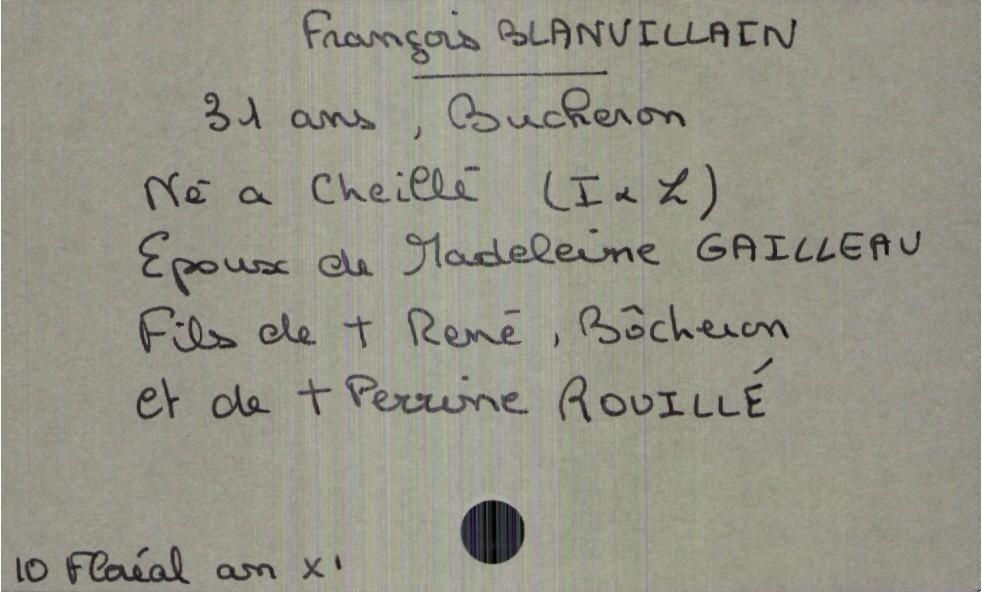
type_acte: Décès
année: an XI
mois: floréal
jour: 10
défunt_nom: Blanvillain
défunt_prénom: François
défunt_sexe: H
défunt_âge: 31 ans
défunt_profession: bucheron
défunt_lieu_de_naissance: Cheillé (Indre et Loire)
défunt_statut: marié(e)
père_défunt_nom: Blanvillain
père_défunt_prénom: René
père_défunt_profession: bûcheron
père_défunt_statut: décédé
mère_défunt_nom: Rouillé
mère_défunt_prénom: Perrine
mère_défunt_statut: décédée